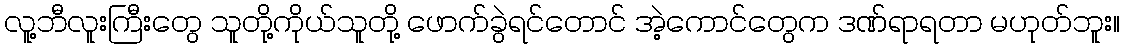
လူ့ဘီလူးကြီးတွေ သူတို့ကိုယ်သူတို့ ဖောက်ခွဲရင်တောင် အဲ့ကောင်တွေက ဒဏ်ရာရတာ မဟုတ်ဘူး။